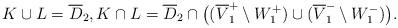
LaTeX: \begin{align*}K\cup L=\overline D_2,K\cap L = \overline D_2 \cap \bigl( (\overline V^+_1\setminus W^+_1) \cup (\overline V^-_1\setminus W^-_1) \bigr).\end{align*}